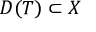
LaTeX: D ( T ) \subset X